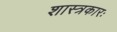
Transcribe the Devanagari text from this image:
शास्त्रकारः